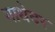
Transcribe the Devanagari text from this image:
गाथेवर